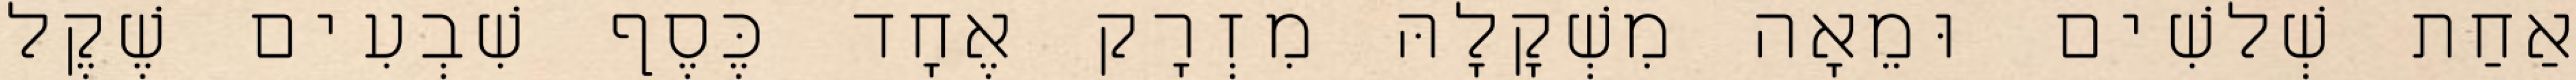
אַחַת שְׁלשִׁים וּמֵאָה מִשְׁקָלָהּ מִזְרָק אֶחָד כֶּסֶף שִׁבְעִים שֶׁקֶל